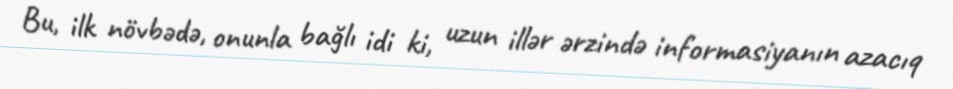
Bu, ilk növbədə, onunla bağlı idi ki, uzun illər ərzində informasiyanın azacıq